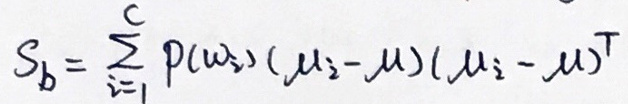
\(S_b = \sum_{i = 1}^{c} p(\omega_i)(\mu_i - \mu)(\mu_i - \mu)^T\)